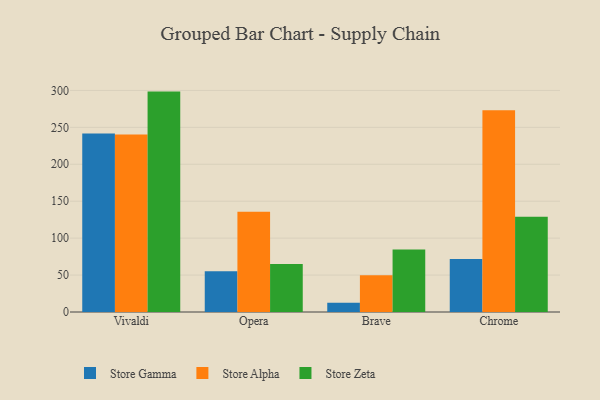
{"axis": {"x": "Browser", "y": "Bounce Rate (%)"}, "legend": ["Store Alpha", "Store Gamma", "Store Zeta"], "data": [{"x": "Vivaldi", "y": 241.7, "type": "Store Gamma"}, {"x": "Vivaldi", "y": 240.3, "type": "Store Alpha"}, {"x": "Vivaldi", "y": 298.4, "type": "Store Zeta"}, {"x": "Opera", "y": 55.1, "type": "Store Gamma"}, {"x": "Opera", "y": 135.8, "type": "Store Alpha"}, {"x": "Opera", "y": 64.9, "type": "Store Zeta"}, {"x": "Brave", "y": 12.5, "type": "Store Gamma"}, {"x": "Brave", "y": 49.9, "type": "Store Alpha"}, {"x": "Brave", "y": 84.5, "type": "Store Zeta"}, {"x": "Chrome", "y": 71.6, "type": "Store Gamma"}, {"x": "Chrome", "y": 273.3, "type": "Store Alpha"}, {"x": "Chrome", "y": 129.0, "type": "Store Zeta"}]}